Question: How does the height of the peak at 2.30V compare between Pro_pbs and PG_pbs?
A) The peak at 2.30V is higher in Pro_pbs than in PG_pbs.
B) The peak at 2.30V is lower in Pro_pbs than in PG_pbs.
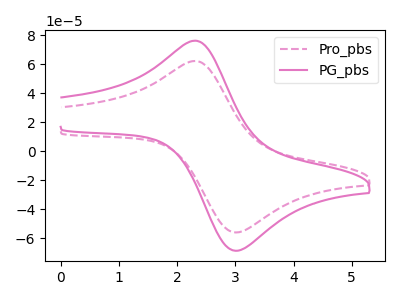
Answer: <think>The pink dashed curve "Pro_pbs" has an anodic peak at (2.30V, 62.10uA) and a cathodic peak at (3.05V, -55.90uA). The pink curve "PG_pbs" has an anodic peak at (2.30V, 76.10uA) and a cathodic peak at (3.05V, -68.45uA).</think>
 <answer>B) The peak at 2.30V is lower in "Pro_pbs" than in "PG_pbs".</answer>
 <eval>B</eval>